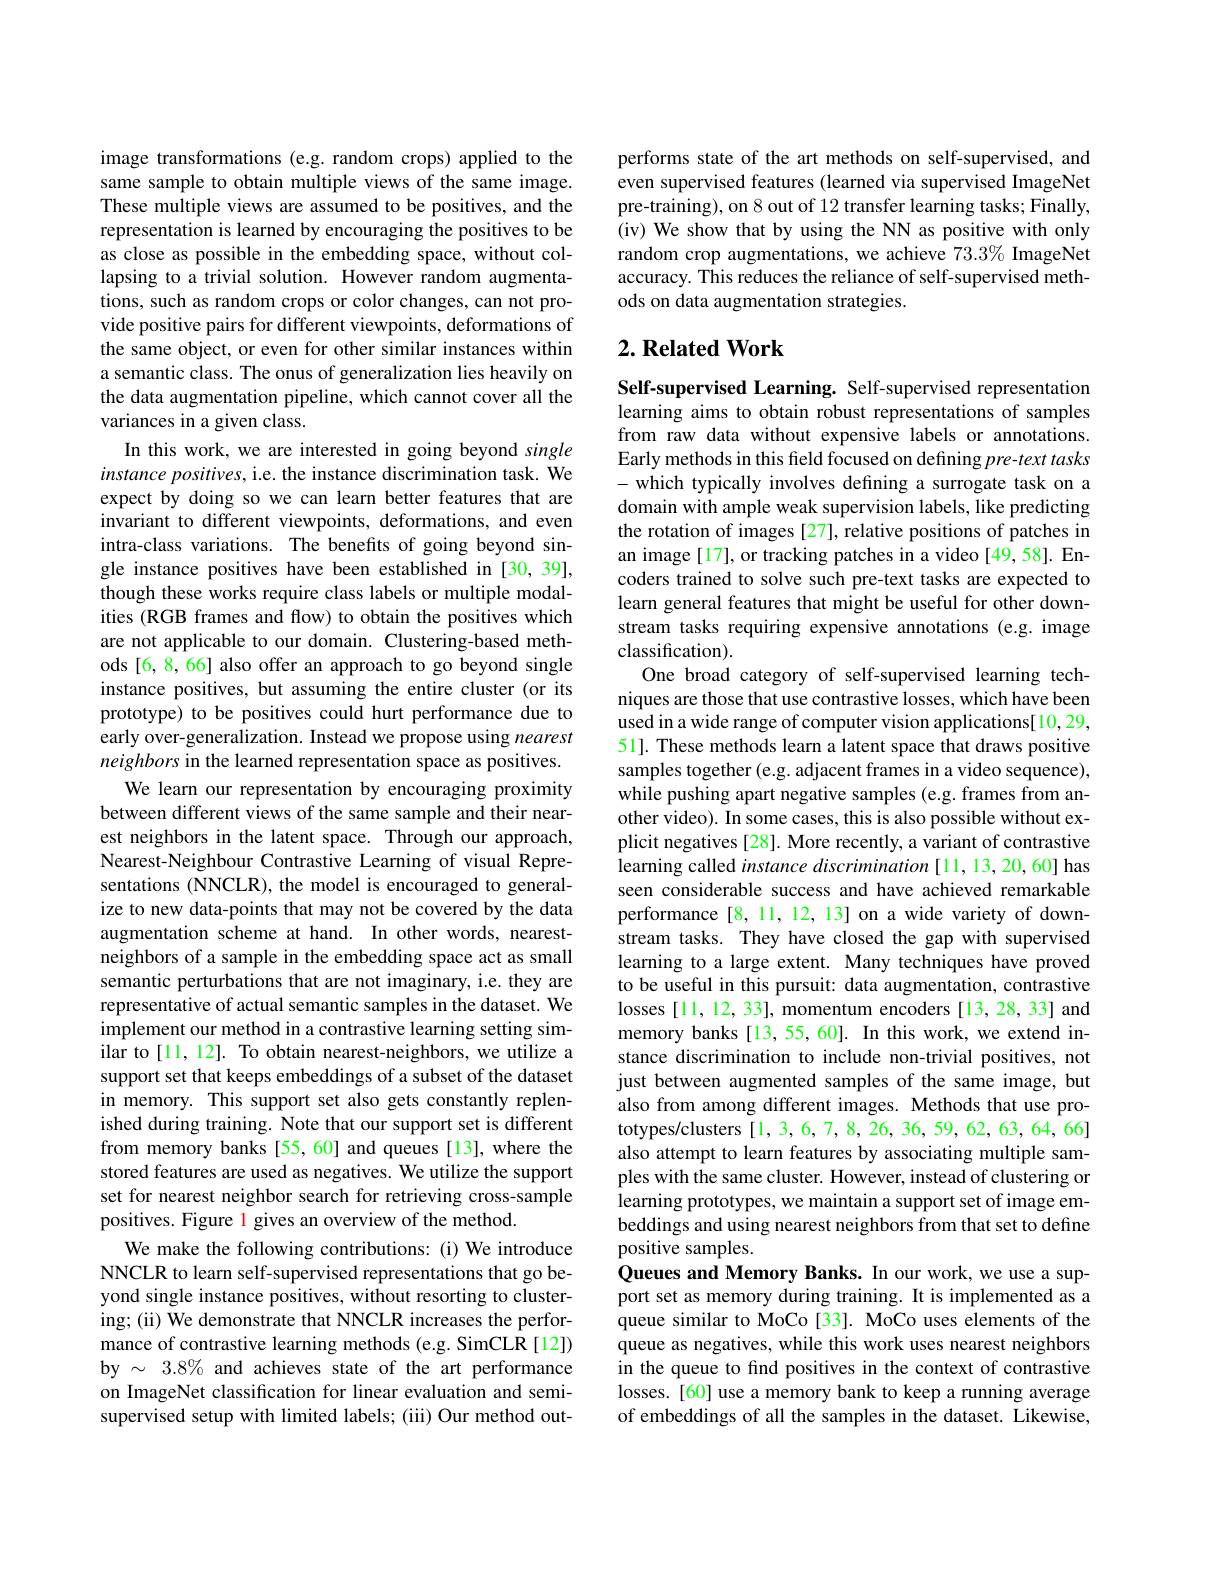
image transformations (e.g. random crops) applied to the same sample to obtain multiple views of the same image. These multiple views are assumed to be positives, and the representation is learned by encouraging the positives to be as close as possible in the embedding space, without collapsing to a trivial solution. However random augmentations, such as random crops or color changes, can not provide positive pairs for different viewpoints, deformations of the same object, or even for other similar instances within a semantic class. The onus of generalization lies heavily on the data augmentation pipeline, which cannot cover all the variances in a given class.
In this work, we are interested in going beyond single instance positives, i.e. the instance discrimination task. We expect by doing so we can learn better features that are invariant to different viewpoints, deformations, and even intra-class variations. The benefits of going beyond single instance positives have been established in [30,39], though these works require class labels or multiple modalities (RGB frames and flow) to obtain the positives which are not applicable to our domain. Clustering-based methods [6, 8, 66] also offer an approach to go beyond single instance positives, but assuming the entire cluster (or its prototype) to be positives could hurt performance due to early over-generalization. Instead we propose using nearest neighbors in the learned representation space as positives.
We learn our representation by encouraging proximity between different views of the same sample and their nearest neighbors in the latent space. Through our approach, Nearest-Neighbour Contrastive Learning of visual Representations (NNCLR), the model is encouraged to generalize to new data-points that may not be covered by the data augmentation scheme at hand. In other words, nearestneighbors of a sample in the embedding space act as small semantic perturbations that are not imaginary, i.e. they are representative of actual semantic samples in the dataset. We implement our method in a contrastive learning setting similar to[11,12]. To obtain nearest-neighbors, we utilize a support set that keeps embeddings of a subset of the dataset in memory. This support set also gets constantly replenished during training. Note that our support set is different from memory banks [55,60] and queues [13], where the stored features are used as negatives. We utilize the support set for nearest neighbor search for retrieving cross-sample positives. Figure l gives an overview of the method.
We make the following contributions: (i) We introduce NNCLR to learn self-supervised representations that go beyond single instance positives, without resorting to clustering; (ii) We demonstrate that NNCLR increases the performance of contrastive learning methods (e.g. SimCLR[12]) by $\sim3.8\%$ and achieves state of the art performance on ImageNet classification for linear evaluation and semisupervised setup with limited labels; (iii) Our method out-

performs state of the art methods on self-supervised, and even supervised features (learned via supervised ImageNet pre-training), on 8 out of 12 transfer learning tasks; Finally, (iv) We show that by using the NN as positive with only random crop augmentations, we achieve $73.3\%$ ImageNet accuracy. This reduces the reliance of self-supervised methods on data augmentation strategies.

## $2. \textbf{Related Work}$

Self-supervised Learning. Self-supervised representation learning aims to obtain robust representations of samples from raw data without expensive labels or annotations. Early methods in this field focused on defining pre-text tasks - which typically involves defining a surrogate task on a domain with ample weak supervision labels, like predicting the rotation of images [27], relative positions of patches in an image [17], or tracking patches in a video [49,58]. Encoders trained to solve such pre-text tasks are expected to learn general features that might be useful for other downstream tasks requiring expensive annotations (e.g. image classification).
One broad category of self-supervised learning techniques are those that use contrastive losses, which have been used in a wide range of computer vision applications[10,29, 51]. These methods learn a latent space that draws positive samples together (e.g. adjacent frames in a video sequence), while pushing apart negative samples (e.g. frames from another video). In some cases, this is also possible without explicit negatives [28]. More recently, a variant of contrastive learning called instance discrimination [11, 13, 20, 60] has seen considerable success and have achieved remarkable performance [8,11,12,13] on a wide variety of downstream tasks. They have closed the gap with supervised learning to a large extent. Many techniques have proved to be useful in this pursuit: data augmentation, contrastive losses [11, 12, 33], momentum encoders [13, 28, 33] and memory banks [13,55,60]. In this work, we extend instance discrimination to include non-trivial positives, not just between augmented samples of the same image, but also from among different images. Methods that use prototypes/clusters [1, 3, 6, 7, 8, 26, 36, 59, 62, 63, 64, 66] also attempt to learn features by associating multiple samples with the same cluster. However, instead of clustering or learning prototypes, we maintain a support set of image embeddings and using nearest neighbors from that set to define positive samples.
Queues and Memory Banks. In our work, we use a support set as memory during training. It is implemented as a queue similar to MoCo [33]. MoCo uses elements of the queue as negatives, while this work uses nearest neighbors in the queue to find positives in the context of contrastive losses.[60] use a memory bank to keep a running average of embeddings of all the samples in the dataset. Likewise,